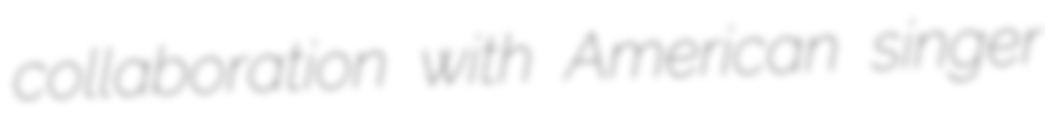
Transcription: collaboration with American singer